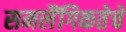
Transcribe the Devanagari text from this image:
समलैंगिकतेचे